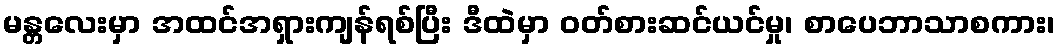
မန္တလေးမှာ အထင်အရှားကျန်ရစ်ပြီး ဒီထဲမှာ ဝတ်စားဆင်ယင်မှု၊ စာပေဘာသာစကား၊